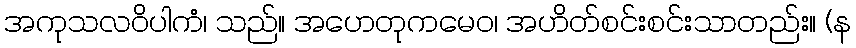
အကုသလဝိပါကံ၊ သည်။ အဟေတုကမေဝ၊ အဟိတ်စင်းစင်းသာတည်း။ (န